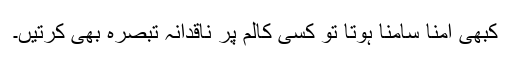
کبھی آمنا سامنا ہوتا تو کسی کالم پر ناقدانہ تبصرہ بھی کرتیں۔